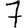
Digit: 7